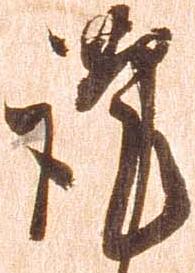
謹